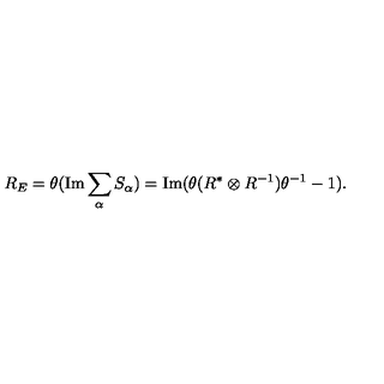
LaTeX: R _ { E } = \theta ( \mathrm { I m } \sum _ { \alpha } S _ { \alpha } ) = \mathrm { I m } ( \theta ( R ^ { * } \otimes R ^ { - 1 } ) \theta ^ { - 1 } - 1 ) .